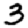
Digit: 3